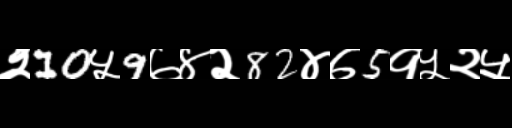
Text: २10५9७४२82४७5१५२५